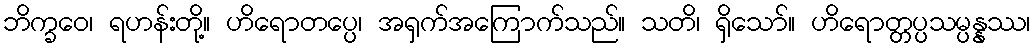
ဘိက္ခဝေ၊ ရဟန်းတို့။ ဟိရောတပ္ပေ၊ အရှက်အကြောက်သည်။ သတိ၊ ရှိသော်။ ဟိရောတ္တပ္ပသမ္ပန္နဿ၊